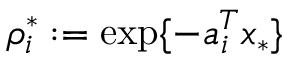
\rho _ { i } ^ { * } : = \exp \{ - a _ { i } ^ { T } x _ { * } \}